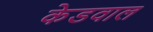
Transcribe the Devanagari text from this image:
केडवाल